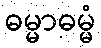
ဓမ္မာဓမ္မံ